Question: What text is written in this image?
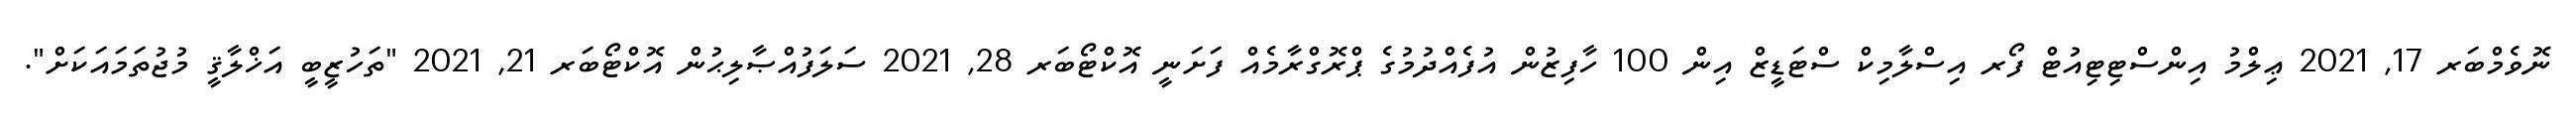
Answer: ނޮވެމްބަރ 17, 2021 ޢިލްމު އިންސްޓިޓިއުޓް ފޯރ އިސްލާމިކް ސްޓަޑީޒް އިން 100 ހާފިޒުން އުފެއްދުމުގެ ޕްރޮގްރާމެއް ފަށަނީ އޮކްޓޯބަރ 28, 2021 ސަލަފުއްޞާލިޙުން އޮކްޓޯބަރ 21, 2021 "ތަހުޒީބީ އަޚްލާޤީ މުޖުތަމައަކަށް".